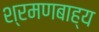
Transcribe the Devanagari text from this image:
श्रमणबाह्य